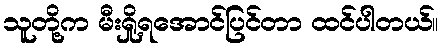
သူတို့က မီးရှို့ရအောင်ပြင်တာ ထင်ပါတယ်။